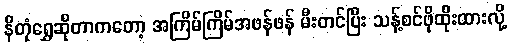
နိတုံရွှေဆိုတာကတော့ အကြိမ်ကြိမ်အဖန်ဖန် မီးတင်ပြီး သန့်စင်ဖိုထိုးထားလို့